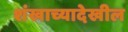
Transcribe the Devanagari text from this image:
शंखाच्यादेखील